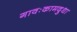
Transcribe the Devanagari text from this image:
गावःकामदुधा